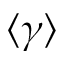
\langle \gamma \rangle